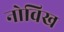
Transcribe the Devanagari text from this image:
नोविख